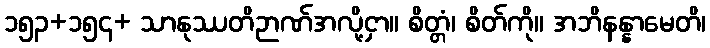
၁၅၃+၁၅၄+ သာနုဿတိဉာဏ်အလို့ငှာ။ စိတ္တံ၊ စိတ်ကို။ အဘိနန္နာမေတိ၊